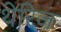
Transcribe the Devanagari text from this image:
थेरिज